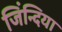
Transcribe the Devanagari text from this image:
जिंन्दिया